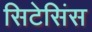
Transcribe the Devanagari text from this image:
सिटेसिंस